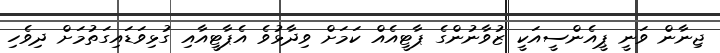
ޖިނާން ވަނީ ޕީއެންސީއަކީ ޒުވާނުންގެ ޕާޓީއެއް ކަމަށް ވިދާޅުވެ އެޕާޓީއާއި ގުޅިވަޑައިގަތުމަށް ދިވެހި